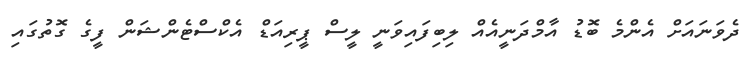
ދެވަނައަށް އެންމެ ބޮޑު އާމްދަނީއެއް ލިބިފައިވަނީ ލީސް ޕީރިއަޑް އެކްސްޓެންޝަން ފީގެ ގޮތުގައި